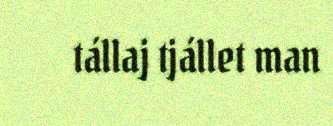
tállaj tjállet man